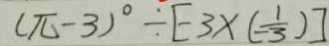
( \pi - 3 ) ^ { \circ } \div [ - 3 \times ( - \frac { 1 } { 3 } ) ]